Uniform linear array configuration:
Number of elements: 24
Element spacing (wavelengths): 0.25
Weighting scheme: cosine
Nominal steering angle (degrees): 0
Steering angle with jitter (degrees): -0.8318
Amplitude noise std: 0.05
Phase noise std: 0.05

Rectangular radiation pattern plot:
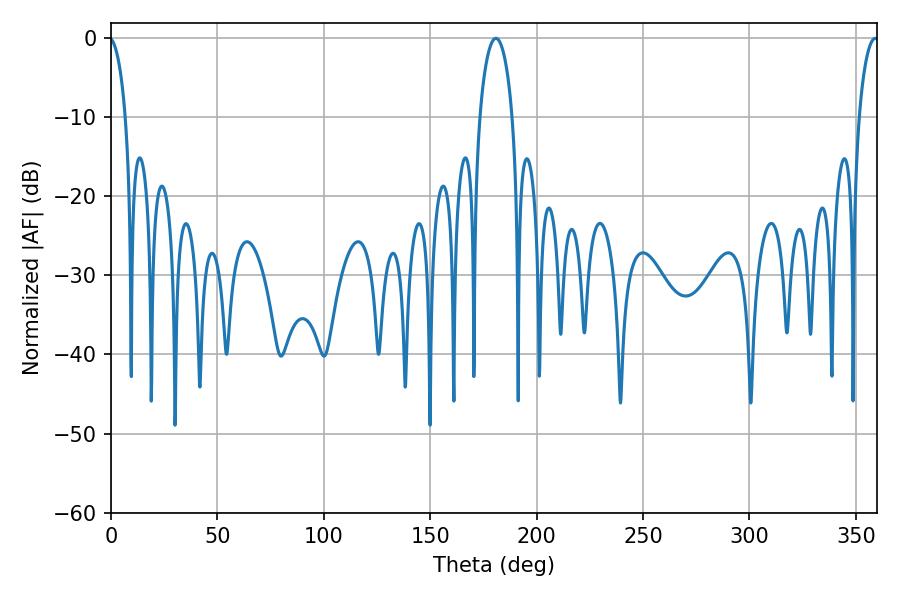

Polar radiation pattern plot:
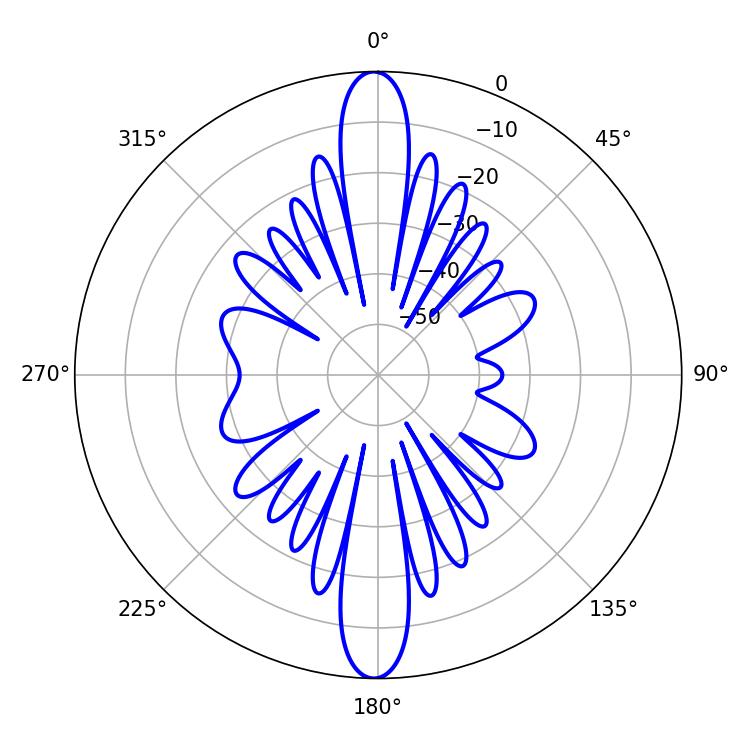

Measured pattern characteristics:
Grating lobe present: FALSE
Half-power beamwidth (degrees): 8.82
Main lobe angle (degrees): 180.9